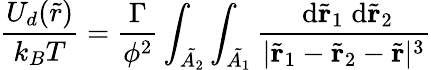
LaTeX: \frac{U_{d}(\tilde{r})}{k_{B}T}=\frac{\Gamma}{\phi^{2}}\int_{\tilde{A_{2}}}\int_{\tilde{A_{1}}}\frac{\; \mathrm{d}\tilde{\mathbf r}_{1}\; \mathrm{d}\tilde{\mathbf{r}}_{2}}{|\tilde{\mathbf r}_{1}-\tilde{\mathbf r}_{2}-\tilde{\mathbf r}|^{3}}